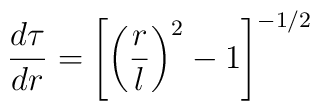
\frac{d\tau}{dr} = \left[\left(\frac{r}{l}\right)^{2}-1\right]^{-1/2}